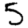
Digit: 5